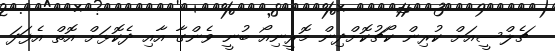
ޗެލްސީއަށް ކުރިން ކޯޗުކޮށްދިން މޮރީނިއޯ ބުނީ ވެންގާ އާއި ދެކޮޅަށް އޮތް އެފަދަ